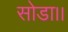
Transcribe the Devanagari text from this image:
सोडा।।